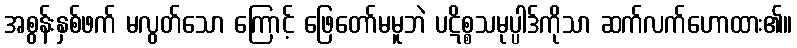
အစွန်းနှစ်ဖက် မလွတ်သော ကြောင့် ဖြေတော်မမူဘဲ ပဋိစ္စသမုပ္ပါဒ်ကိုသာ ဆက်လက်ဟောထား၏။